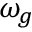
\omega _ { g }